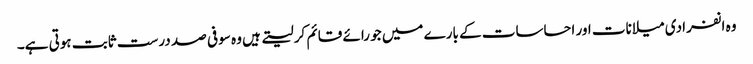
وہ انفرادی میلانات اور احساسات کے بارے میں جو رائے قائم کر لیتے ہیں وہ سو فی صد درست ثابت ہوتی ہے۔